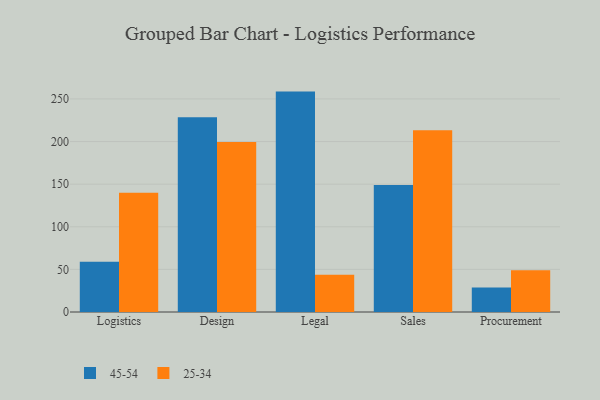
{"axis": {"x": "Department", "y": "Revenue (USD Million)"}, "legend": ["25-34", "45-54"], "data": [{"x": "Logistics", "y": 59.1, "type": "45-54"}, {"x": "Logistics", "y": 139.8, "type": "25-34"}, {"x": "Design", "y": 228.4, "type": "45-54"}, {"x": "Design", "y": 199.6, "type": "25-34"}, {"x": "Legal", "y": 258.6, "type": "45-54"}, {"x": "Legal", "y": 43.6, "type": "25-34"}, {"x": "Sales", "y": 149.0, "type": "45-54"}, {"x": "Sales", "y": 213.3, "type": "25-34"}, {"x": "Procurement", "y": 28.6, "type": "45-54"}, {"x": "Procurement", "y": 49.1, "type": "25-34"}]}